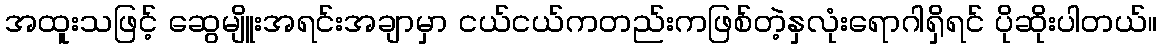
အထူးသဖြင့် ဆွေမျိူးအရင်းအချာမှာ ငယ်ငယ်ကတည်းကဖြစ်တဲ့နှလုံးရောဂါရှိရင် ပိုဆိုးပါတယ်။